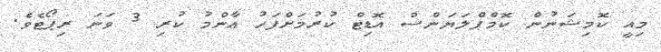
މިއީ ކޮމިޝަނުން ކޮމްޕްލަޔަންސް އޮޑިޓް ކުރުމަށްފަހު ޢާންމު ކުރި 3 ވަނަ ރިޕޯޓެވެ.